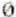
0